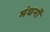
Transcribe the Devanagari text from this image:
मंधनों